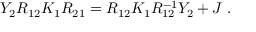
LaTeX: Y _ { 2 } R _ { 1 2 } K _ { 1 } R _ { 2 1 } = R _ { 1 2 } K _ { 1 } R _ { 1 2 } ^ { - 1 } Y _ { 2 } + J \; .